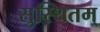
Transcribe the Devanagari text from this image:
सुस्थितम्